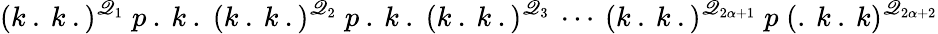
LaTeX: (k\: .\: k\: .)^{\mathscr{Q}_{1}}\; p\: .\: k\: .\; (k\: .\: k\: .)^{\mathscr{Q}_{2}}\; p\: .\: k\: .\; (k\: .\: k\: .)^{\mathscr{Q}_{3}}\: \cdots\: (k\: .\: k\: .)^{\mathscr{Q}_{2\alpha+1}}\; p\; (.\: k\: .\: k)^{\mathscr{Q}_{2\alpha+2}}